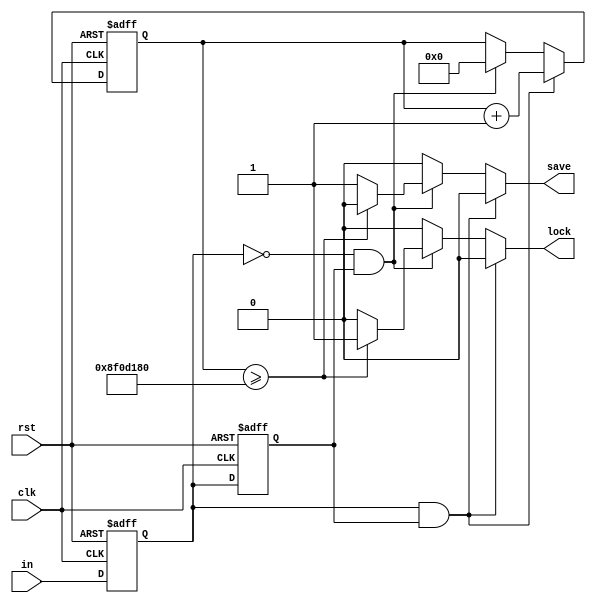
module red #(parameter SECONDS = 50_000_000)
		(input clk, input rst, input in, output reg save, output reg lock);

reg ff1_reg, ff1_next;
reg ff2_reg, ff2_next;

integer timer_reg, timer_next;

always @(posedge clk, negedge rst) begin
	if(!rst) begin
		ff1_reg <= 1'b0;
		ff2_reg <= 1'b0;
		timer_reg <= 0;
	end
	else if(clk) begin
		ff1_reg <= ff1_next;
		ff2_reg <= ff2_next;
		timer_reg <= timer_next;
	end
end

always @(*) begin
	ff1_next = in;
	ff2_next = ff1_reg;
	timer_next = timer_reg;
	save = 1'b0;
	lock = 1'b0;
	
	if(ff1_reg == 1'b1 && ff2_reg == 1'b1) begin
		timer_next = timer_reg + 1'b1;
	end
	else if(ff1_reg == 1'b0 && ff2_reg == 1'b1) begin
		if(timer_reg >= 3*SECONDS) 
			lock = 1'b1;
		else 
			save = 1'b1;
			
		timer_next = 0;
	end
	
end

endmodule